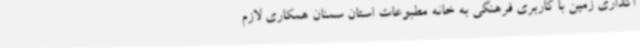
اگذاری زمین با کاربری فرهنگی به خانه مطبوعات استان سمنان همکاری لازم